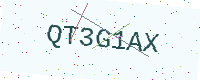
Text: QT3G1AX